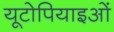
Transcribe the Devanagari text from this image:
यूटोपियाइओं